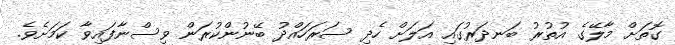
ގޮތަށް މާލޭގެ އުތުރު ބަނދަރުގައި އަލަށް ހެދި ސަރަހައްދު ބޭނުންކުރަން ވިސްނާފައިވާ ކަމަށެވެ.